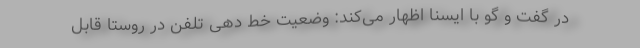
در گفت و گو با ایسنا اظهار می‌کند: وضعیت خط دهی تلفن در روستا قابل